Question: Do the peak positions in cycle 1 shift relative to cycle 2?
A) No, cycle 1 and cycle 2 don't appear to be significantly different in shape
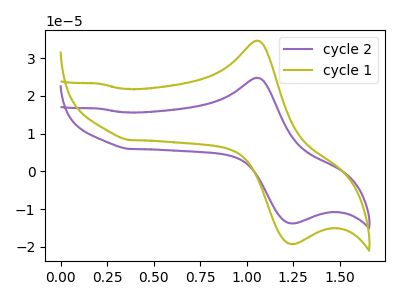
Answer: <think>The purple curve "cycle 2" has an anodic peak at (1.05V, 24.80uA) and a cathodic peak at (1.25V, -13.75uA). The olive curve "cycle 1" has an anodic peak at (1.05V, 34.65uA) and a cathodic peak at (1.25V, -19.20uA).
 All the peaks in "cycle 1" have a peak in "cycle 2" at the same potential. Every peak in "cycle 1" is higher than every peak in "cycle 2".</think>
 <answer>A) No, "cycle 1" and "cycle 2" don't appear to be significantly different in shape</answer>
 <eval>A</eval>